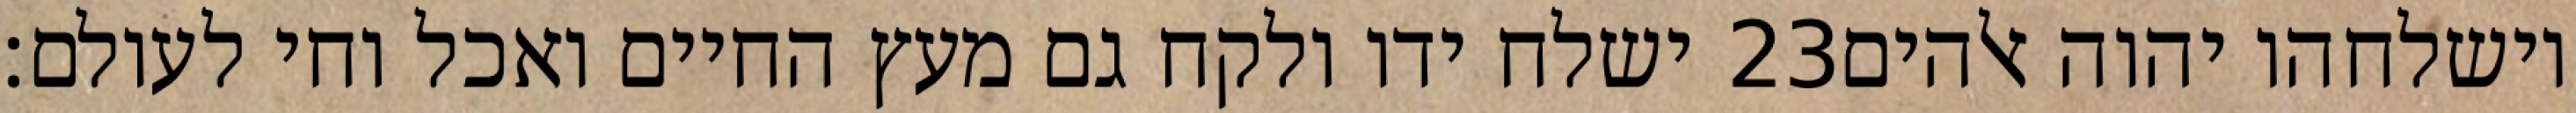
ישלח ידו ולקח גם מעץ החיים ואכל וחי לעולם׃ ‎23‏ וישלחהו יהוה אלהים